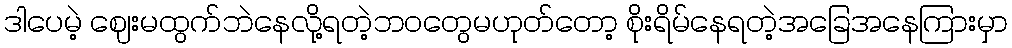
ဒါပေမဲ့ ဈေးမထွက်ဘဲနေလို့ရတဲ့ဘဝတွေမဟုတ်တော့ စိုးရိမ်နေရတဲ့အခြေအနေကြားမှာ